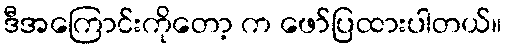
ဒီအကြောင်းကိုတော့ က ဖော်ပြထားပါတယ်။